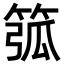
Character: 𥮰